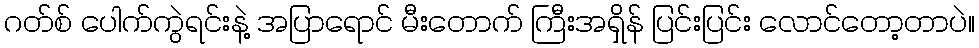
ဂတ်စ် ပေါက်ကွဲရင်းနဲ့ အပြာရောင် မီးတောက် ကြီးအရှိန် ပြင်းပြင်း လောင်တော့တာပဲ။